Vaccination in Bombay 1913-1923 - 1913-1923
Year: 1913
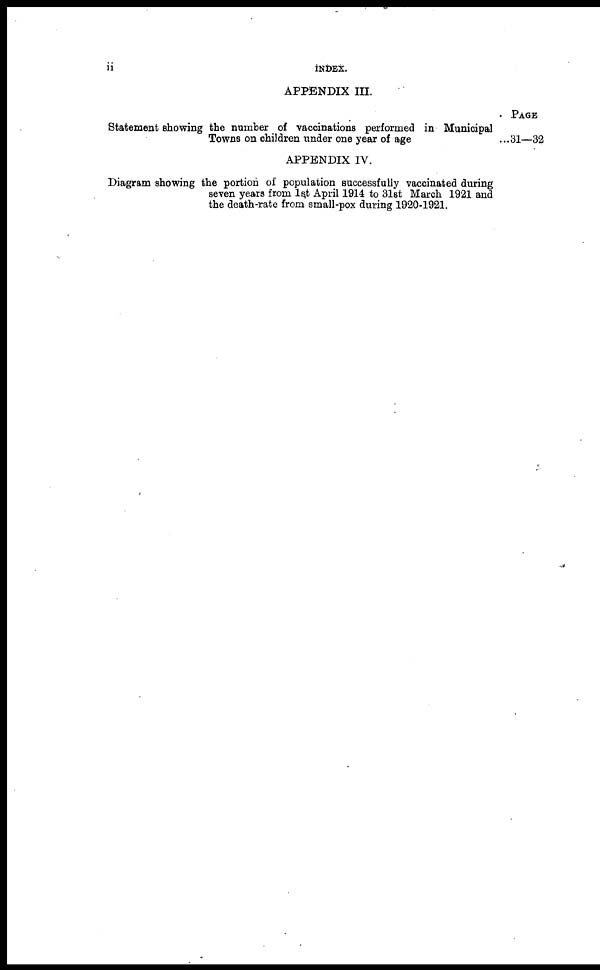
ii
INDEX.
APPENDIX III.
Statement showing the number of vaccinations performed in Municipal
Towns on children tinder one year of age ...
PAGE
31—32
APPENDIX IV.
Diagram showing the portion of population successfully vaccinated during
seven years from 1st April 1914 to 31st March 1921 and
the death-rate from small-pox during 1920-1921.